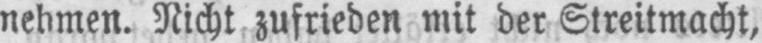
nehmen. Nicht zufrieden mit der Streitmacht,